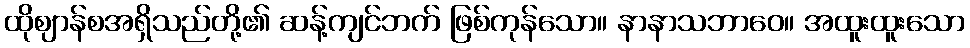
ထိုဈာန်စအရှိသည်တို့၏ ဆန့်ကျင်ဘက် ဖြစ်ကုန်သော။ နာနာသဘာဝေ။ အထူးထူးသော